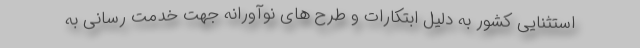
استثنایی کشور به دلیل ابتکارات و طرح های نوآورانه جهت خدمت رسانی به